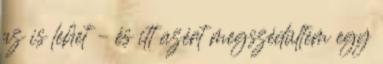
az is lehet – és itt azért megszédültem egy